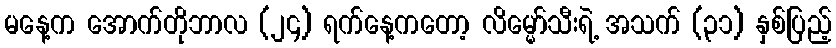
မနေ့က အောက်တိုဘာလ (၂၄) ရက်နေ့ကတော့ လိမ္မော်သီးရဲ့ အသက် (၃၁) နှစ်ပြည့်